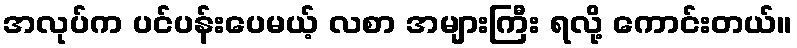
အလုပ်က ပင်ပန်းပေမယ့် လစာ အများကြီး ရလို့ ကောင်းတယ်။